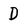
Character: D